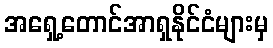
အရှေ့တောင်အာရှနိုင်ငံများမှ